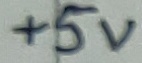
Text: 10µ